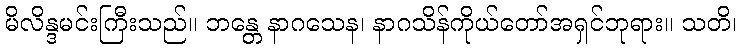
မိလိန္ဒမင်းကြီးသည်။ ဘန္တေ နာဂသေန၊ နာဂသိန်ကိုယ်တော်အရှင်ဘုရား။ သတိ၊